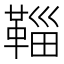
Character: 𩋝